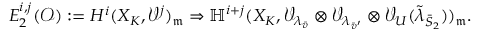
E _ { 2 } ^ { i , j } ( { \mathcal O } ) : = H ^ { i } ( X _ { K } , { \mathcal V } ^ { j } ) _ { \mathfrak { m } } \Rightarrow \mathbb { H } ^ { i + j } ( X _ { K } , { \mathcal V } _ { \lambda _ { \bar { v } } } \otimes { \mathcal V } _ { \lambda _ { \bar { v } ^ { \prime } } } \otimes { \mathcal V } _ { U } ( \tilde { \lambda } _ { \bar { S } _ { 2 } } ) ) _ { \mathfrak { m } } .